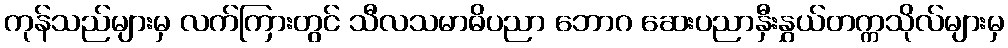
ကုန်သည်များမှ လက်ကြားတွင် သီလသမာဓိပညာ ဘောဂ ဆေးပညာနှီးနွှယ်တက္ကသိုလ်များမှ